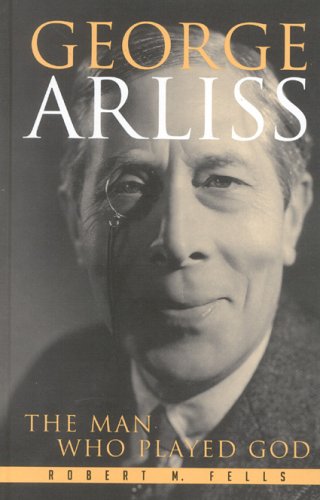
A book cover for George Arliss: The Man Who Played God (The Scarecrow Filmmakers Series); Robert M. Fells; Biographies & Memoirs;